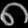
Digit: ၈